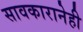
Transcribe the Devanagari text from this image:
सावकारानेही